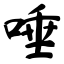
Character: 唾